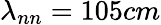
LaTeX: \lambda_{nn}=105cm